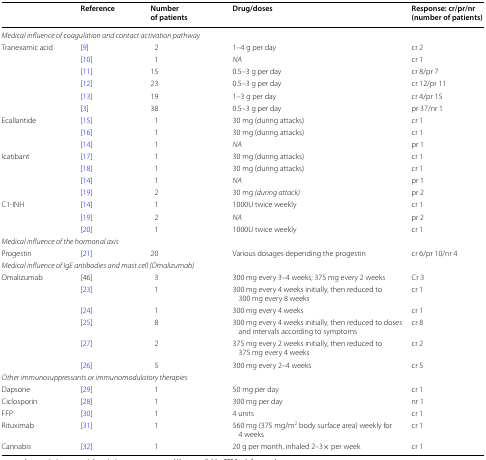
<table><thead><tr><td></td><td><b>Reference</b></td><td><b>Number of patients</b></td><td><b>Drug/doses</b></td><td><b>Response: cr/pr/nr (number of patients)</b></td></tr></thead><tbody><tr><td colspan="5"><i>Medical influence of coagulation and contact activation pathway</i></td></tr><tr><td rowspan="6">Tranexamic acid</td><td>[9]</td><td>2</td><td>1–4 g per day</td><td>cr 2</td></tr><tr><td>[10]</td><td>1</td><td><i>NA</i></td><td>cr 1</td></tr><tr><td>[11]</td><td>15</td><td>0.5–3 g per day</td><td>cr 8/pr 7</td></tr><tr><td>[12]</td><td>23</td><td>0.5–3 g per day</td><td>cr 12/pr 11</td></tr><tr><td>[13]</td><td>19</td><td>1–3 g per day</td><td>cr 4/pr 15</td></tr><tr><td>[3]</td><td>38</td><td>0.5–3 g per day</td><td>pr 37/nr 1</td></tr><tr><td rowspan="3">Ecallantide</td><td>[15]</td><td>1</td><td>30 mg (during attacks)</td><td>cr 1</td></tr><tr><td>[16]</td><td>1</td><td>30 mg (during attacks)</td><td>cr 1</td></tr><tr><td>[14]</td><td>1</td><td><i>NA</i></td><td>pr 1</td></tr><tr><td rowspan="4">Icatibant</td><td>[17]</td><td>1</td><td>30 mg (during attacks)</td><td>cr 1</td></tr><tr><td>[18]</td><td>1</td><td>30 mg (during attacks)</td><td>cr 1</td></tr><tr><td>[14]</td><td>1</td><td><i>NA</i></td><td>pr 1</td></tr><tr><td>[19]</td><td>2</td><td>30 mg <i>(during attack)</i></td><td>pr 2</td></tr><tr><td rowspan="3">C1-INH</td><td>[14]</td><td>1</td><td>1000U twice weekly</td><td>cr 1</td></tr><tr><td>[19]</td><td>2</td><td><i>NA</i></td><td>pr 2</td></tr><tr><td>[20]</td><td>1</td><td>1000U twice weekly</td><td>cr 1</td></tr><tr><td colspan="5"><i>Medical influence of the hormonal axis</i></td></tr><tr><td>Progestin</td><td>[21]</td><td>20</td><td>Various dosages depending the progestin</td><td>cr 6/pr 10/nr 4</td></tr><tr><td colspan="5"><i>Medical influence of IgE antibodies and mast cell (Omalizumab)</i></td></tr><tr><td rowspan="6">Omalizumab</td><td>[46]</td><td>3</td><td>300 mg every 3–4 weeks; 375 mg every 2 weeks</td><td>Cr 3</td></tr><tr><td>[23]</td><td>1</td><td>300 mg every 4 weeks initially, then reduced to 300 mg every 8 weeks</td><td>cr 1</td></tr><tr><td>[24]</td><td>1</td><td>300 mg every 4 weeks</td><td>cr 1</td></tr><tr><td>[25]</td><td>8</td><td>300 mg every 4 weeks initially, then reduced to doses and intervals according to symptoms</td><td>cr 8</td></tr><tr><td>[27]</td><td>2</td><td>375 mg every 2 weeks initially, then reduced to 375 mg every 4 weeks</td><td>cr 2</td></tr><tr><td>[26]</td><td>5</td><td>300 mg every 2–4 weeks</td><td>cr 5</td></tr><tr><td colspan="5"><i>Other immunosuppressants or immunomodulatory therapies</i></td></tr><tr><td>Dapsone</td><td>[29]</td><td>1</td><td>50 mg per day</td><td>cr 1</td></tr><tr><td>Ciclosporin</td><td>[28]</td><td>1</td><td>300 mg per day</td><td>nr 1</td></tr><tr><td>FFP</td><td>[30]</td><td>1</td><td>4 units</td><td>cr 1</td></tr><tr><td>Rituximab</td><td>[31]</td><td>1</td><td>560 mg (375 mg/m<sup>2</sup> body surface area) weekly for 4 weeks</td><td>cr 1</td></tr><tr><td>Cannabis</td><td>[32]</td><td>1</td><td>20 g per month, inhaled 2–3× per week</td><td>cr 1</td></tr></tbody></table>